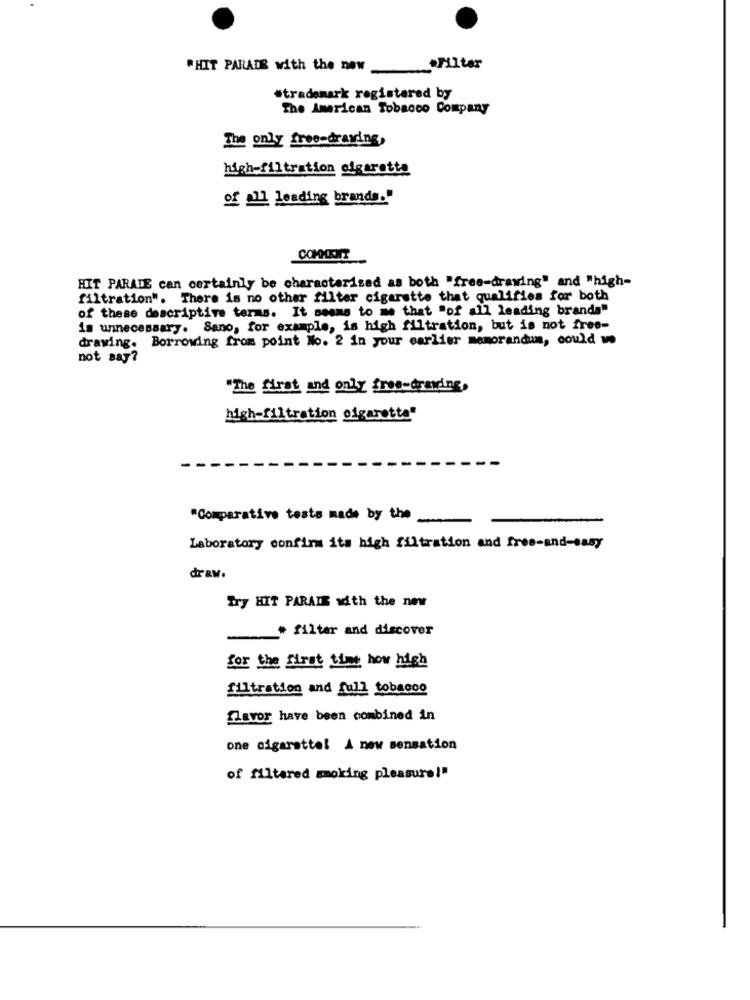
*HIT PARADE with the new _"Filter
#trademark registered by
The American Tobacco Company
The only free-drawing,
high-filtration cigaretta
of all leading brands."
COMMENT
HIT PARADE can certainly be characterized as both "free-drawing" and "high-
filtration". There is no other filter cigarette that qualifies for both
of these descriptive terms. It seems to me that "of all leading brands"
is unnecessary. Sano, for example, is high filtration, but is not free-
drawing. Borrowing from point No. 2 in your earlier memorandum, could we
not say?
"The first and only fres-drawing,
high-filtration ofgarette"
"Comparative tests made by the .
Laboratory confirm its high filtration and free-and-sasy
draw.
Try HIT PARADE with the new
# filter and discover
for the first time how high
filtration and full tobacco
flavor have been combined in
one cigarette! A new sensation
of filtered smoking pleasure!"